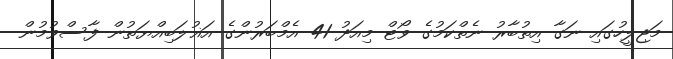
މަޖިލީހުގައި ނަގާ އިތުބާރު ނެތްކަމުގެ ވޯޓް މިއަދު 41 އެމްބަރުންގެ އަޣުލަބިއްޔަތުން ފާސްވުމުން